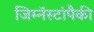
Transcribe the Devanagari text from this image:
जिम्नॅस्टांपैकी